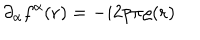
\partial _ { \alpha } f ^ { \alpha } ( { \bf r } ) = - i 2 p \pi \varrho ( { \bf r } )